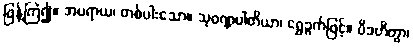
ဖြန့်ကြဲ၍။ အပရာယ၊ တစ်ပါးသော။ သုဝဏ္ဏပါတိယာ၊ ရွှေခွက်ဖြင့်။ ပိဒဟိတွာ၊